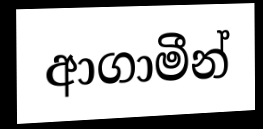
ආගාමීන්